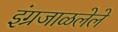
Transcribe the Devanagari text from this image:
इंग्रजाळलेले